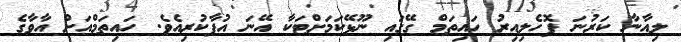
ލިއާނާ ކަރުނަ ފޮހެލިއިރު ހައިތަމް ގޭގައި ނޫޅޭކަމަށްޓަކާ އޭނަ އުފާކުރިއެވެ. ހައިތަމްއަށް އާވާގެ